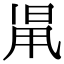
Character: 𣆨